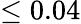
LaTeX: \le 0.04